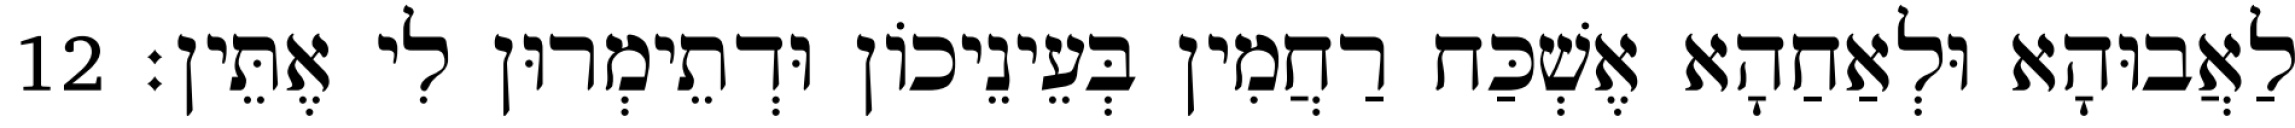
לַאֲבוּהָא וּלְאַחַהָא אֶשְׁכַּח רַחֲמִין בְּעֵינֵיכוֹן וּדְתֵימְרוּן לִי אֶתֵּין׃ 12